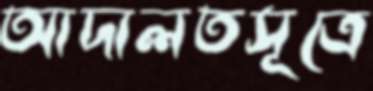
আদালতসূত্রে